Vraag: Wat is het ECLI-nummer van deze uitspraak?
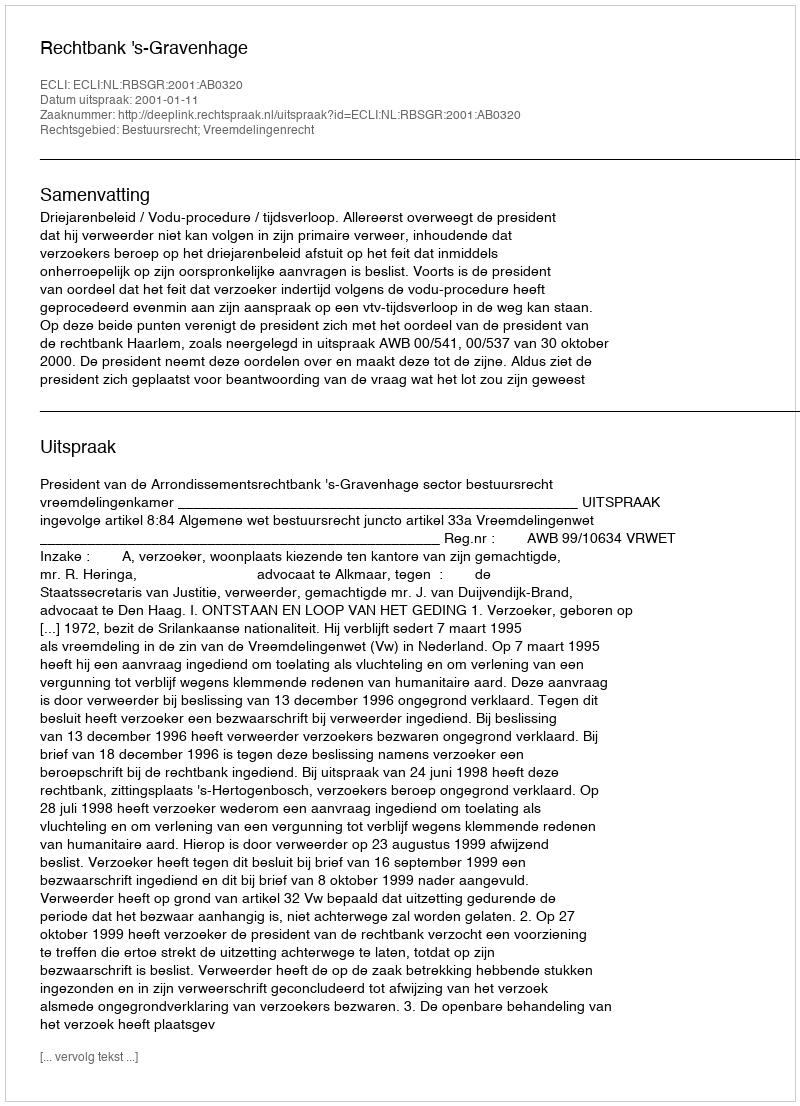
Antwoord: ECLI:NL:RBSGR:2001:AB0320